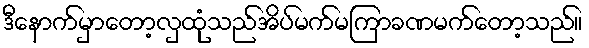
ဒီနောက်မှာတော့လှထုံသည်အိပ်မက်မကြာခဏမက်တော့သည်။